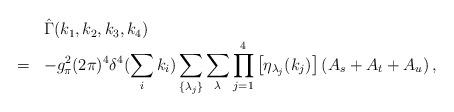
LaTeX: \begin{align*}\begin{array}{rl}&\hat{\Gamma}(k_1,k_2,k_3,k_4)\\=&\displaystyle -g_{\pi}^2(2\pi)^4\delta^4(\sum_ik_i)\sum_{\{\lambda_j\}}\sum_{\lambda}\prod_{j=1}^4\left[\eta_{\lambda_j}(k_j)\right]\left(A_s+A_t+A_u\right), \end{array}\end{align*}